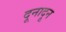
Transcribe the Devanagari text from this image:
दूनादून